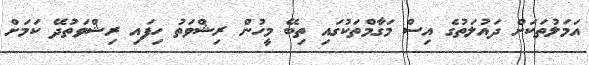
އަމަލުތަކަށް ދައުލަތުގެ އިސް މަގާމްތަކުގައި ތިބޭ މީހުން ރިޝްވަތު ހިފައި ރިޝްވަތުދޭ ކަމަށް